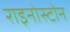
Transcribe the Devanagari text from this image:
राइनोस्टोन